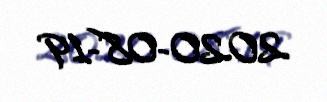
2020-08-19